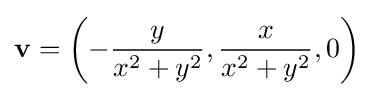
\mathbf {v} =\left(-{\frac {y}{x^{2}+y^{2}}},{\frac {x}{x^{2}+y^{2}}},0\right)